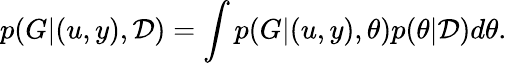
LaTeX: p(G|(u,y),\mathcal{D})=\int p(G|(u,y),\theta)p(\theta|\mathcal{D})d\theta.